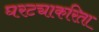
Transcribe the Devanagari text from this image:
घरट्याकरिता